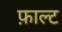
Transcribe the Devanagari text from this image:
फ़ाल्ट